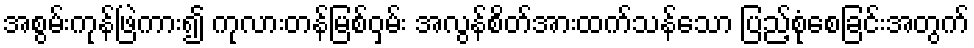
အစွမ်းကုန်ဖြဲကား၍ ကုလားတန်မြစ်ဝှမ်း အလွန်စိတ်အားထက်သန်သော ပြည့်စုံစေခြင်းအတွက်